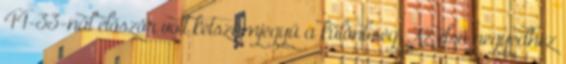
44-33-nál először volt kétszámjegyű a különbség. Az első negyedhez